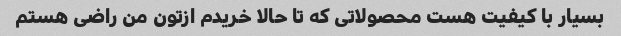
بسیار با کیفیت هست محصولاتی که تا حالا خریدم ازتون من راضی هستم